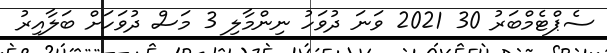
ސެޕްޓެމްބަރު 30 2021 ވަނަ ދުވަހު ނިންމާލި 3 މަސް ދުވަހަށް ބަލާއިރު